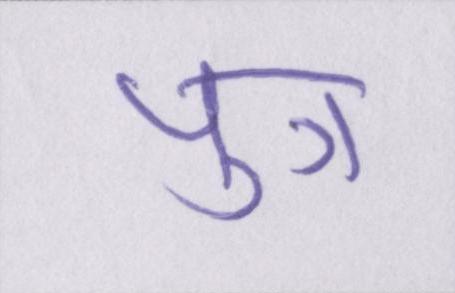
पुत्र